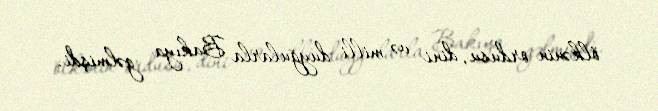
ölkənin ordusu, dini və milli duyğularla Bakıya gəlmişdi.